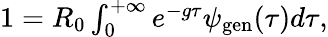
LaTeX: \begin{array}{r}{1=R_{0}\int_{0}^{+\infty}{e^{-g\tau}\psi_{\mathrm{gen}}(\tau)d\tau},}\end{array}